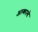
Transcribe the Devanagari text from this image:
अल्काल्दे